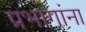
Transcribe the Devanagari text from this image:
प्रभागांना